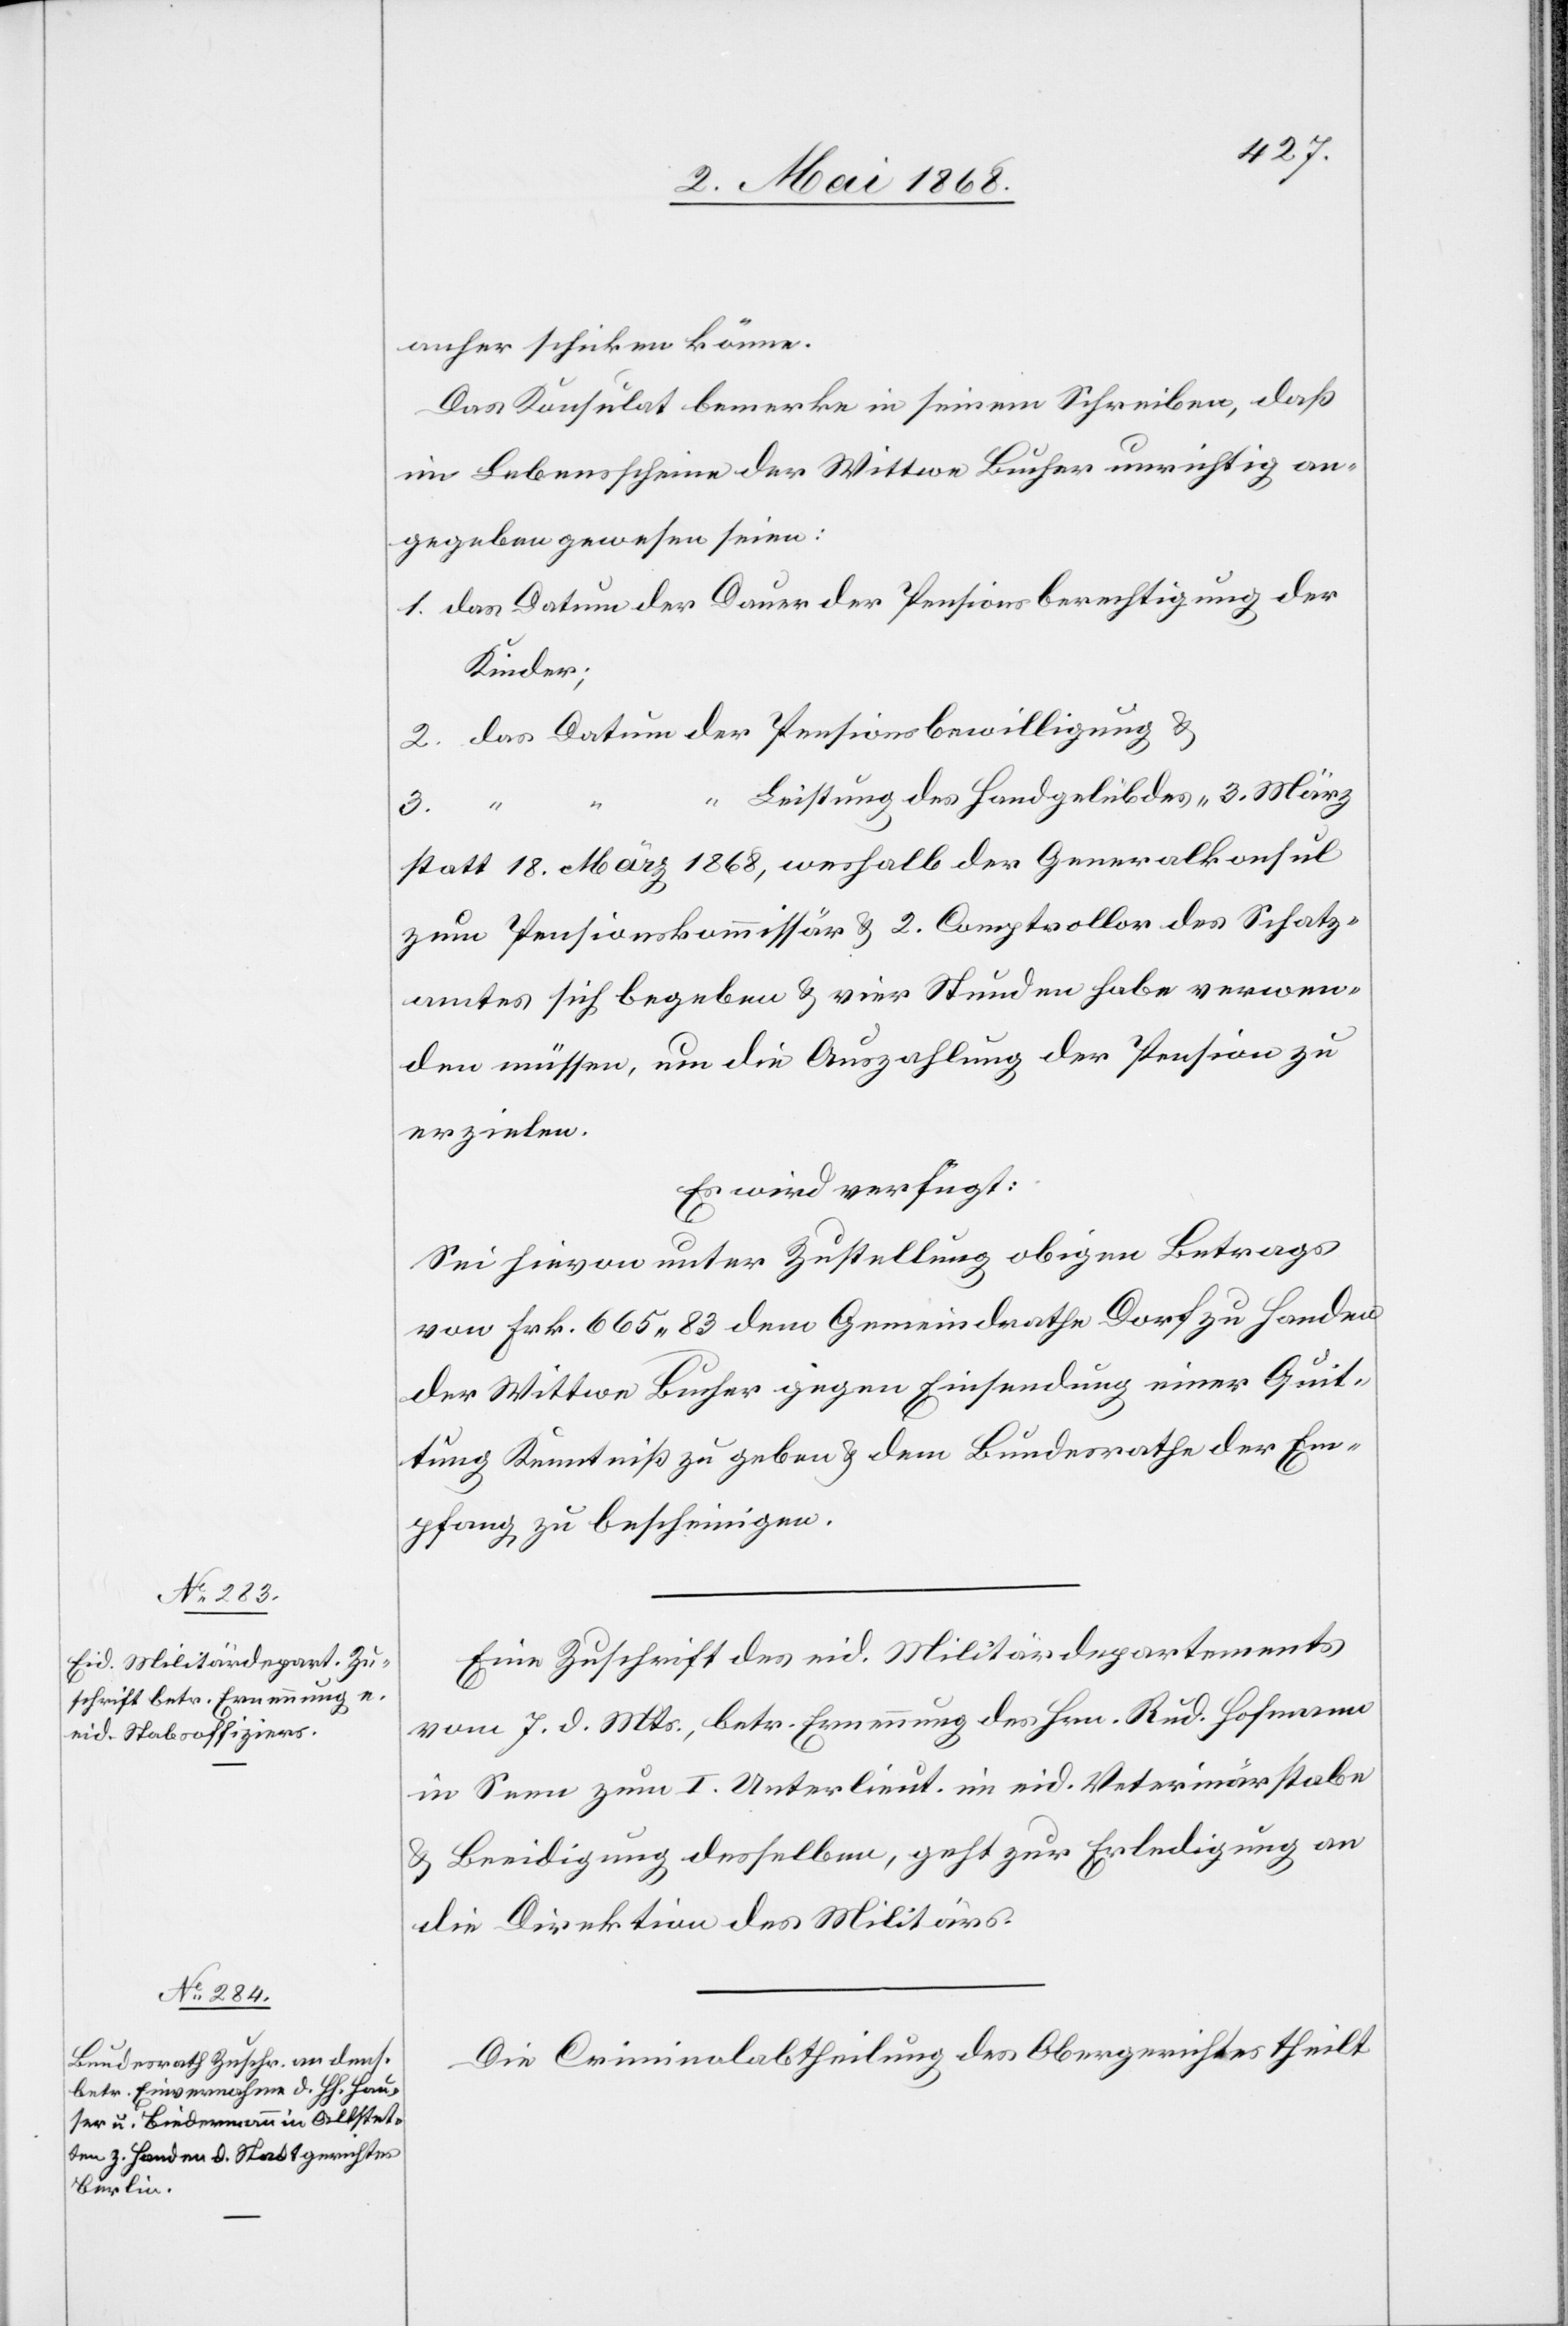
11. Mai 1868.]
anher schicken könne.
Das Konsulat bemerke in seinem Schreiben, daß
im Lebensscheine der Wittwe Bucher unrichtig an¬
gegeben gewesen seien:
1. das Datum der Dauer der Pensionsberechtigung der
Kinder;
2. das Datum der Pensionsbewilligung &
“ Leistung des Handgelübdes 3. März
3. “
statt 18. März 1868, weshalb der Generalkonsul
zum Pensionskommissär & 2. Comptrollor des Schatz¬
amtes sich begeben & vier Stunden habe verwen¬
den müssen, um die Auszahlung der Pension zu
erzielen.
Es wird verfügt:
Sei hievon unter Zustellung obigen Betrags
von Frk. 665. 83 dem Gemeindrathe Dorf zu Handen
der Wittwe Bucher gegen Einsendung einer Quit¬
tung Kenntniß zu geben & dem Bundesrathe der Em¬
pfang zu bescheinigen.
Eine Zuschrift des eid. Militärdepartements
vom 7. d. Mts., betr. Ernennung des Hrn. Rud. Hofmann
in Seen zum I. Unterlieut. im eid. Veterinärstabe
& Beeidigung desselben, geht zur Erledigung an
die Direktion des Militärs.
Die Criminalabtheilung des Obergerichtes theilt